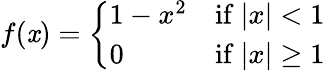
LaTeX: f(\mathit{x})={\left\{ \begin{array}{ll}{1-x^{2}}&{{\mathrm{if~}}|x|<1}\\ {0}&{{\mathrm{if~}}|x|\geq 1}\end{array}\right.}